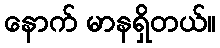
နောက် မာနရှိတယ်။